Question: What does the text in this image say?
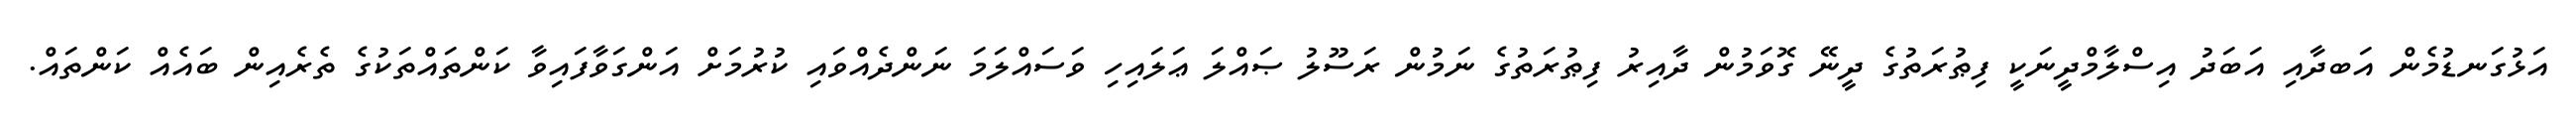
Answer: އަޅުގަނޑުމެން އަބދާއި އަބަދު އިސްލާމްދީނަކީ ފިޠުރަތުގެ ދީނޭ ގޮވަމުން ދާއިރު ފިޠުރަތުގެ ނަމުން ރަސޫލު ޞައްލަ ޢަލައިހި ވަސައްލަމަ ނަންދެއްވައި ކުރުމަށް އަންގަވާފައިވާ ކަންތައްތަކުގެ ތެރެއިން ބައެއް ކަންތައް.